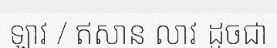
ឡាវ / ឥសាន លាវ ដូចជា